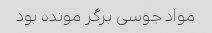
مواد جوسی برگر مونده بود